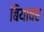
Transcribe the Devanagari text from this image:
बियावर